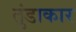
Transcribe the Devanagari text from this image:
तुंडाकार